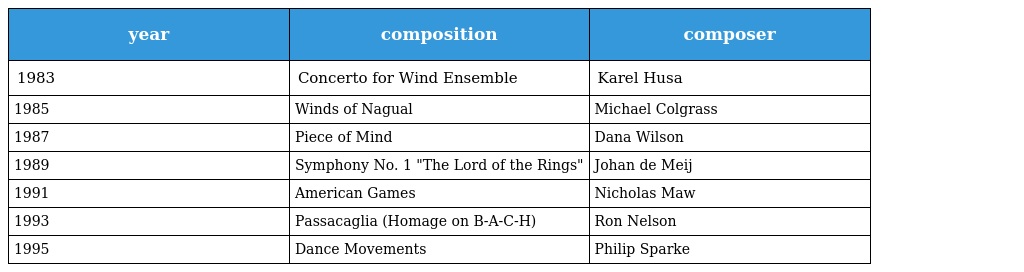
| year | composition | composer |
 | --- | --- | --- |
 | 1983 | Concerto for Wind Ensemble | Karel Husa |
 | 1985 | Winds of Nagual | Michael Colgrass |
 | 1987 | Piece of Mind | Dana Wilson |
 | 1989 | Symphony No. 1 "The Lord of the Rings" | Johan de Meij |
 | 1991 | American Games | Nicholas Maw |
 | 1993 | Passacaglia (Homage on B-A-C-H) | Ron Nelson |
 | 1995 | Dance Movements | Philip Sparke |